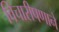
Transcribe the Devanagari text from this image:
विचारीपणाने